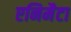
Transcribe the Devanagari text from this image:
एनिमैटा